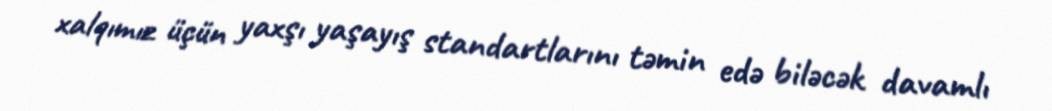
xalqımız üçün yaxşı yaşayış standartlarını təmin edə biləcək davamlı